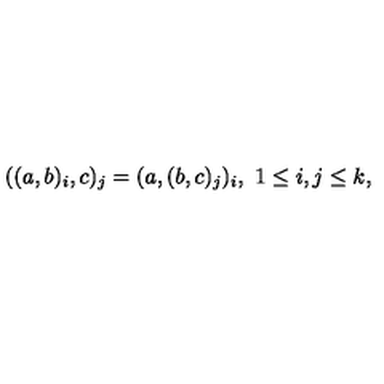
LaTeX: ( ( a , b ) _ { i } , c ) _ { j } = ( a , ( b , c ) _ { j } ) _ { i } , \ 1 \leq i , j \leq k ,